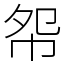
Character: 㠾